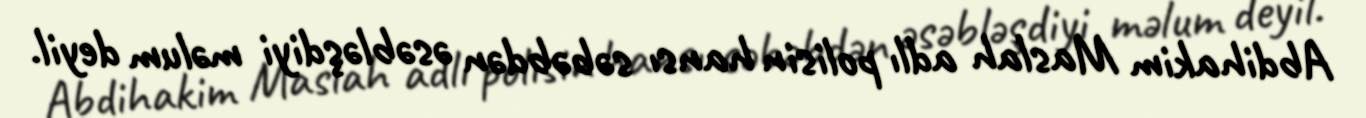
Abdihakim Maslah adlı polisin hansı səbəbdən əsəbləşdiyi məlum deyil.